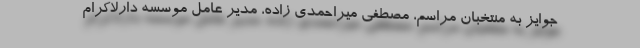
جوایز به منتخبان مراسم، مصطفی میراحمدی زاده، مدیر عامل موسسه دارلاکرام